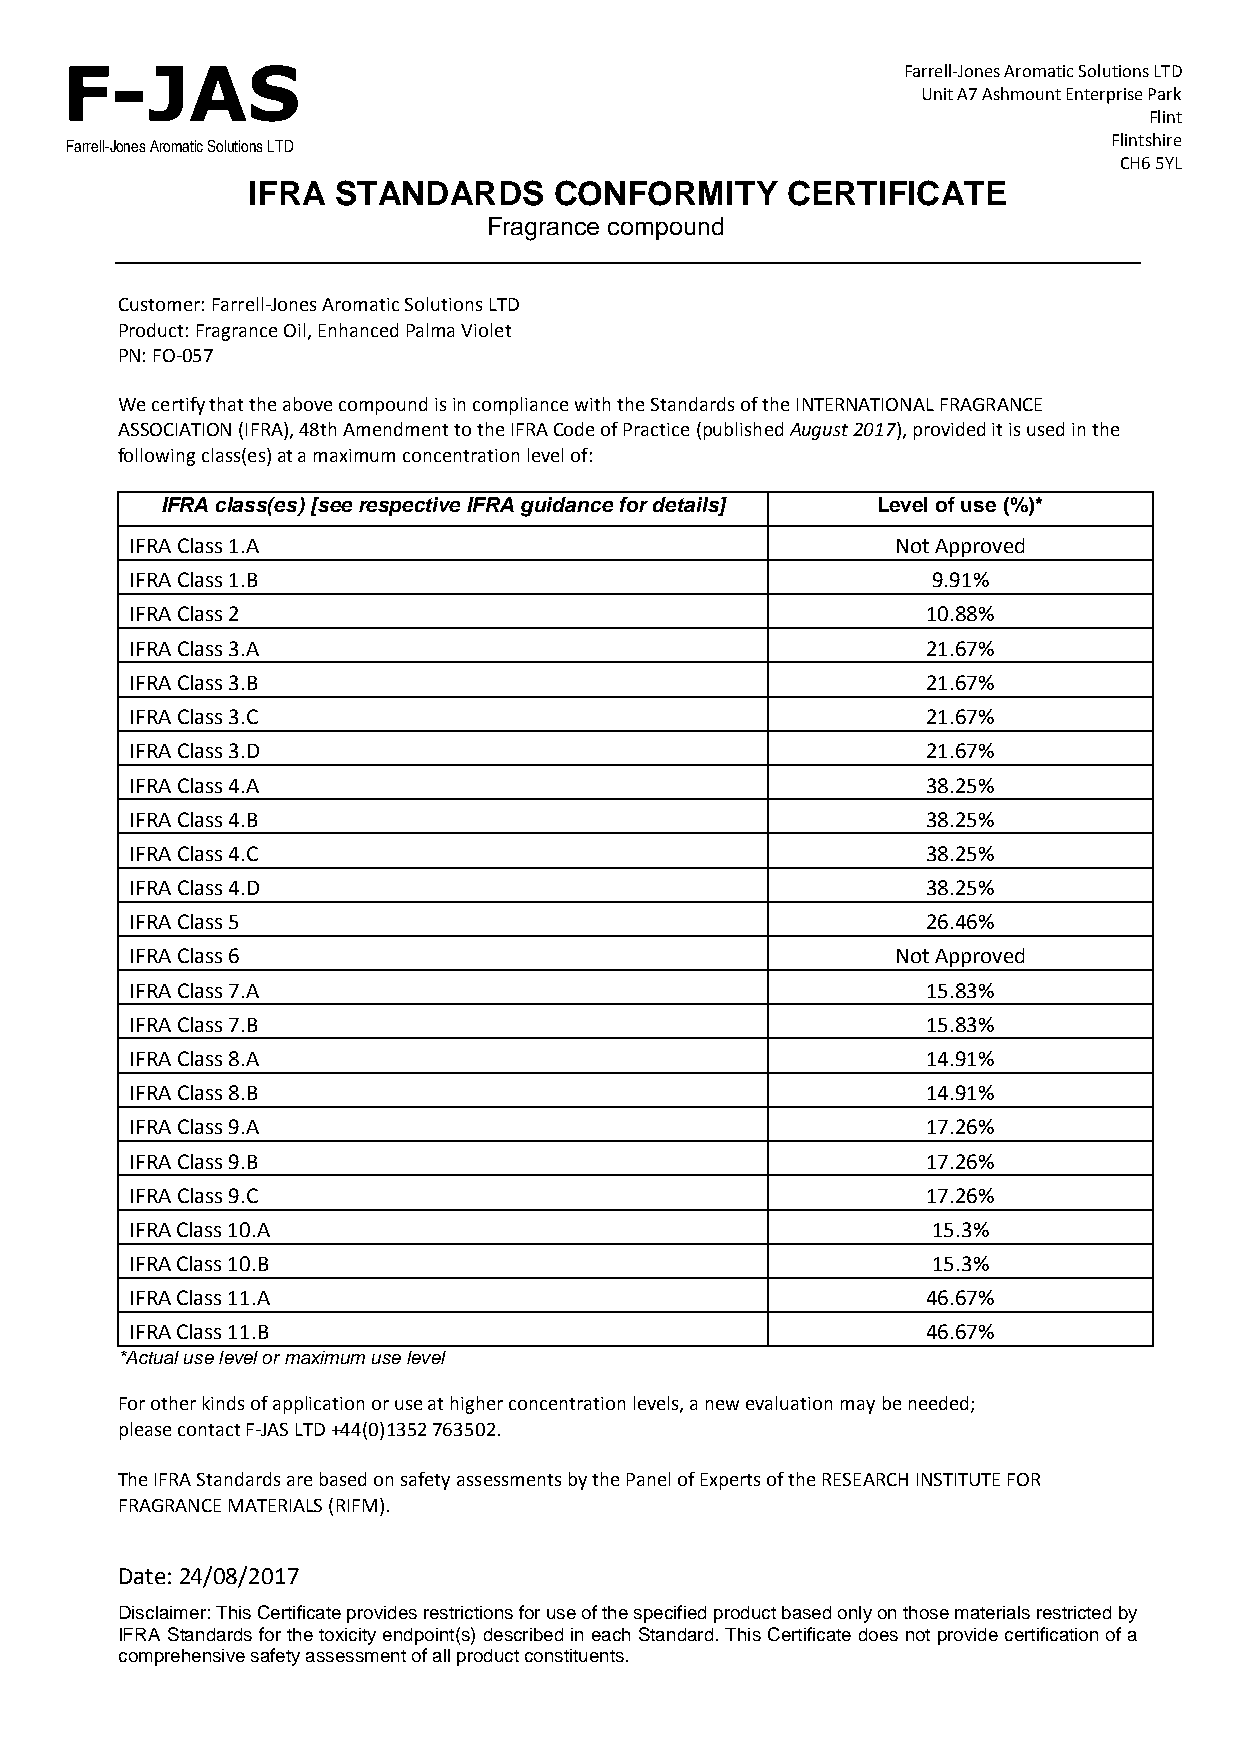
F-JAS                                                   Farrell-Jones Aromatic Solutions LTD
 Unit A7 Ashmount Enterprise Park
 Flint
 Flintshire
 Farrell-Jones Aromatic Solutions LTD
 CH6 5YL
 IFRA  STANDARDS      CONFORMITY     CERTIFICATE
 Fragrance compound
 Customer: Farrell-Jones Aromatic Solutions LTD
 Product: Fragrance Oil, Enhanced Palma Violet
 PN: FO-057
 We certify that the above compound is in compliance with the Standards of the INTERNATIONAL FRAGRANCE
 ASSOCIATION (IFRA), 48th Amendment to the IFRA Code of Practice (published August 2017), provided it is used in the
 following class(es) at a maximum concentration level of:
 IFRA class(es) [see respective IFRA guidance for details] Level of use (%)*
 IFRA Class 1.A                                    Not Approved
 IFRA Class 1.B                                       9.91%
 IFRA Class 2                                        10.88%
 IFRA Class 3.A                                      21.67%
 IFRA Class 3.B                                      21.67%
 IFRA Class 3.C                                      21.67%
 IFRA Class 3.D                                      21.67%
 IFRA Class 4.A                                      38.25%
 IFRA Class 4.B                                      38.25%
 IFRA Class 4.C                                      38.25%
 IFRA Class 4.D                                      38.25%
 IFRA Class 5                                        26.46%
 IFRA Class 6                                      Not Approved
 IFRA Class 7.A                                      15.83%
 IFRA Class 7.B                                      15.83%
 IFRA Class 8.A                                      14.91%
 IFRA Class 8.B                                      14.91%
 IFRA Class 9.A                                      17.26%
 IFRA Class 9.B                                      17.26%
 IFRA Class 9.C                                      17.26%
 IFRA Class 10.A                                      15.3%
 IFRA Class 10.B                                      15.3%
 IFRA Class 11.A                                     46.67%
 IFRA Class 11.B                                     46.67%
 *Actual use level or maximum use level
 For other kinds of application or use at higher concentration levels, a new evaluation may be needed;
 please contact F-JAS LTD +44(0)1352 763502.
 The IFRA Standards are based on safety assessments by the Panel of Experts of the RESEARCH INSTITUTE FOR
 FRAGRANCE MATERIALS (RIFM).
 Date: 24/08/2017
 Disclaimer: This Certificate provides restrictions for use of the specified product based only on those materials restricted by
 IFRA Standards for the toxicity endpoint(s) described in each Standard. This Certificate does not provide certification of a
 comprehensive safety assessment of all product constituents.